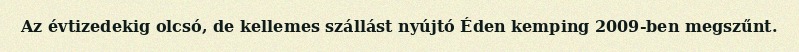
Az évtizedekig olcsó, de kellemes szállást nyújtó Éden kemping 2009-ben megszűnt.